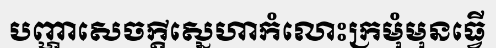
បញ្ហាសេចក្តីស្នេហាកំលោះក្រមុំមុនធ្វើ